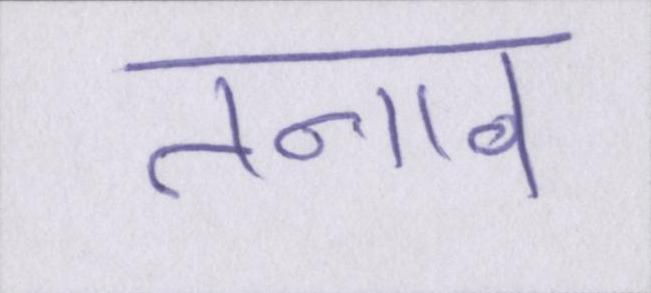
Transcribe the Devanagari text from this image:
तनाव